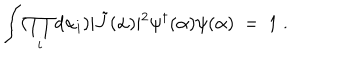
\int ( \prod _ { i } d \alpha _ { i } ) \vert \tilde { J } ( \alpha ) \vert ^ { 2 } \psi ^ { \dagger } ( \alpha ) \psi ( \alpha ) ~ = ~ 1 \; .